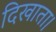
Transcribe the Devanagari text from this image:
दिखाता।